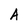
Character: A